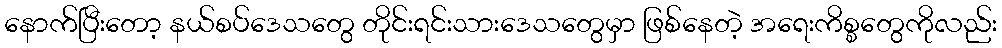
နောက်ပြီးတော့ နယ်စပ်ဒေသတွေ တိုင်းရင်းသားဒေသတွေမှာ ဖြစ်နေတဲ့ အရေးကိစ္စတွေကိုလည်း